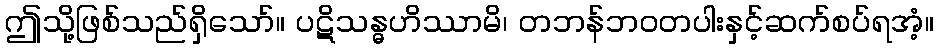
ဤသို့ဖြစ်သည်ရှိသော်။ ပဋိသန္ဓဟိဿာမိ၊ တဘန်ဘဝတပါးနှင့်ဆက်စပ်ရအံ့။